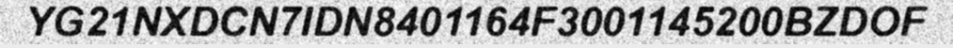
YG21NXDCN7IDN8401164F3001145200BZDOF